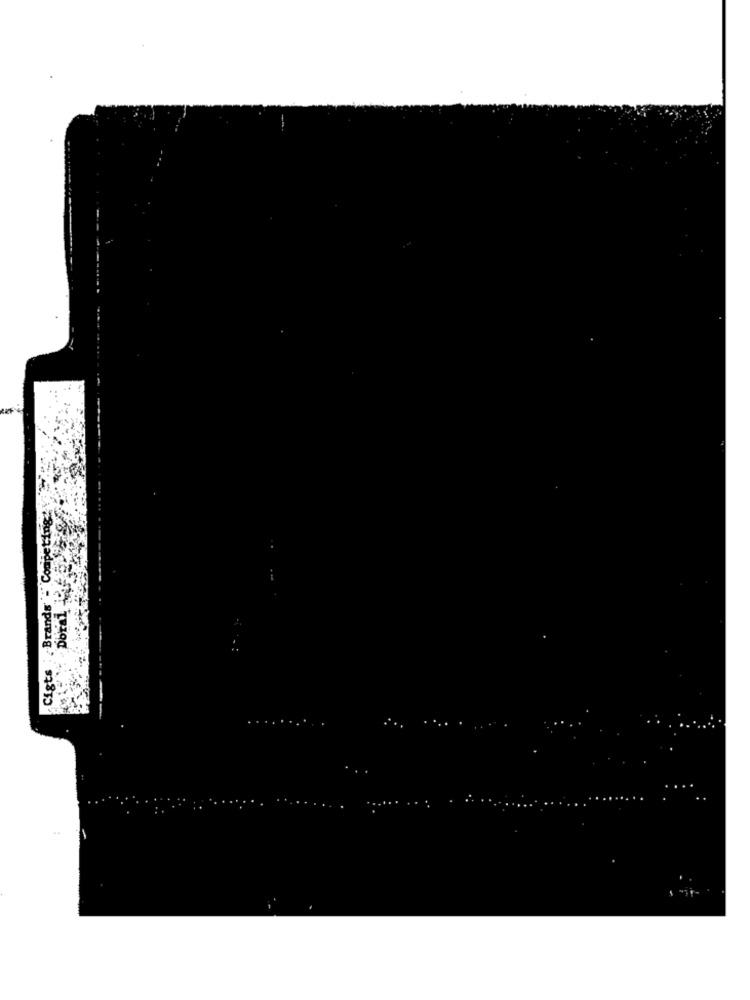
:"Competing
Cigts : Brands
Doral